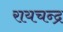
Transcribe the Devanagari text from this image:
रायचन्द्र